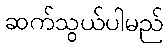
ဆက်သွယ်ပါမည်